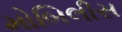
મોબિલીસ